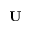
\mathbf { U }